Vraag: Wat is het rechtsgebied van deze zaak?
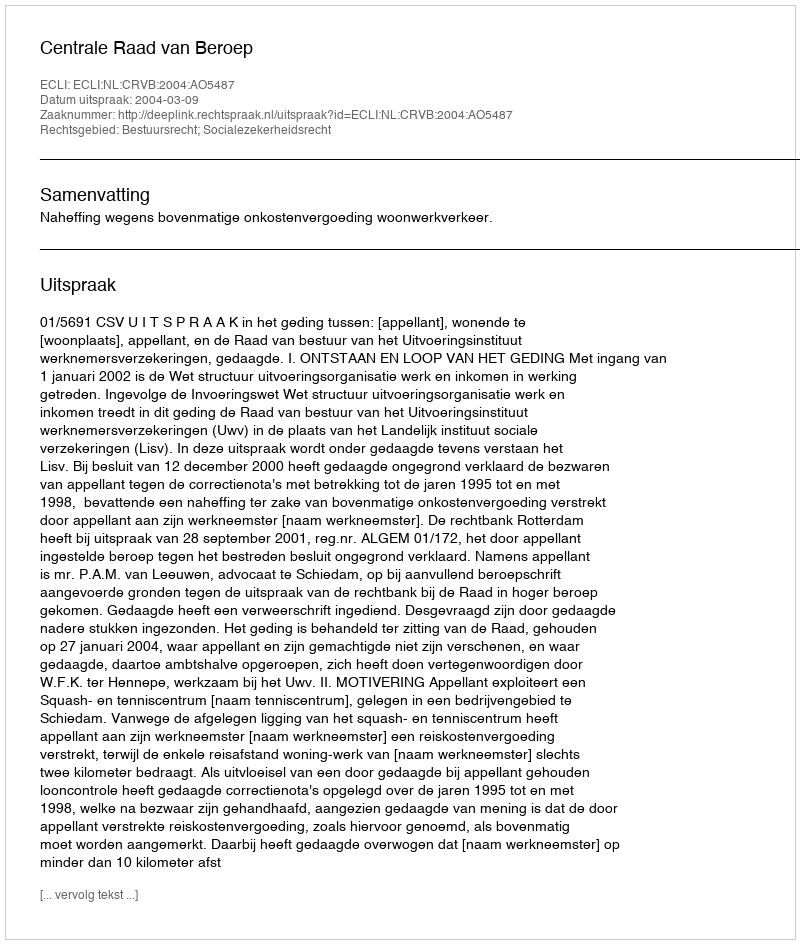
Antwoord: Bestuursrecht; Socialezekerheidsrecht